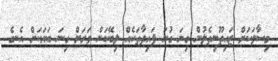
މިސާލަކަށް ޒައިތޫނިތެލުން ގިނަ ގުނަ ފައިދާތަކެއް ލިބޭކަން ވަރަށް ގިނަ ބަޔަކަށް އެނގެ